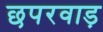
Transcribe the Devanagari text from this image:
छपरवाड़